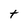
Character: t